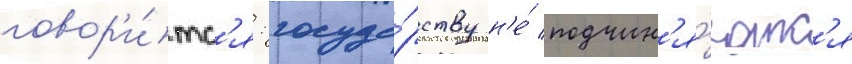
говор'и́тс'я: госуда́рству н'е́ подчин'я́ютс'я